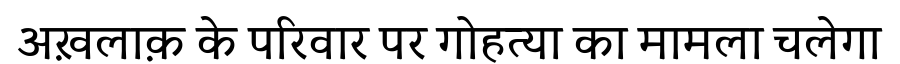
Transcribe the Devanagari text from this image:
अख़लाक़ के परिवार पर गोहत्या का मामला चलेगा